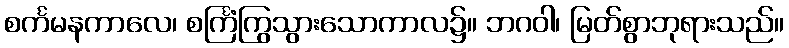
စင်္ကမနကာလေ၊ စင်္ကြံကြွသွားသောကာလ၌။ ဘဂဝါ၊ မြတ်စွာဘုရားသည်။